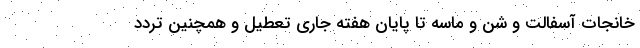
خانجات آسفالت و شن و ماسه تا پایان هفته جاری تعطیل و همچنین تردد